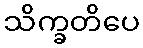
သိက္ခတိပေ